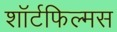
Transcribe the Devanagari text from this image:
शॉर्टफिल्मस